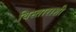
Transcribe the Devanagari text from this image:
विस्ताराशी